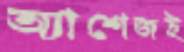
অ্যাশেজই